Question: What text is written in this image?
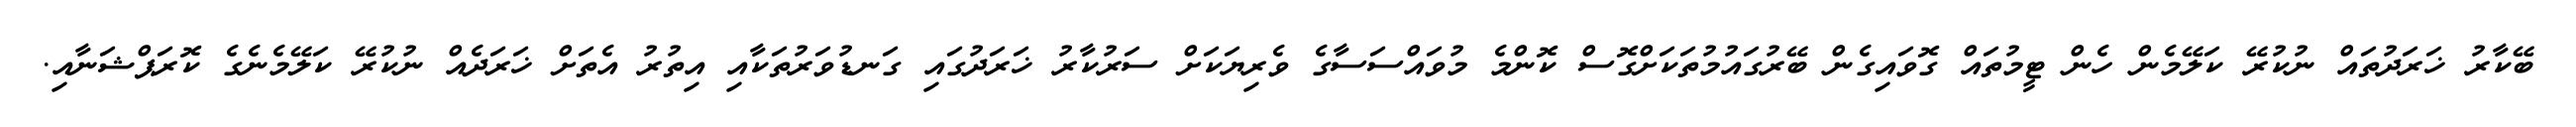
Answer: ބޭކާރު ޚަރަދުތައް ނުކުރޭ ކަލޭމެން ހެން ޓީމުތައް ގޮވައިގެން ބޭރުގައުމުތަކަށްގޮސް ކޮންމެ މުވައްސަސާގެ ވެރިޔަކަށް ސަރުކާރު ޚަރަދުގައި ގަނޑުވަރުތަކާއި އިތުރު އެތަށް ޚަރަދެއް ނުކުރޭ ކަލޭމެނެގެ ކޮރަޕްޝަނާއި.